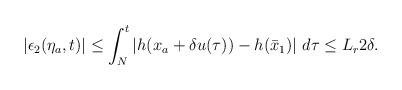
LaTeX: \begin{align*}\begin{aligned}|\epsilon_2(\eta_a,t)| \le \int_N^t \left|h(x_a+\delta u(\tau))-h(\bar{x}_1)\right| \,d\tau \le L_r 2\delta.\end{aligned}\end{align*}